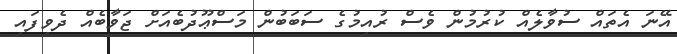
އޭނަ އެތައް ސުވާލެއް ކުރުމުން ވެސް ރުއިމުގެ ސަބަބުން މަސްޢޫދުބެއަށް ޖަވާބެއް ދެވިފައި